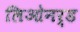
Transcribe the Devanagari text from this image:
लिओनर्ड